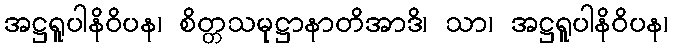
အဋ္ဌရူပါနိဝိပန၊ စိတ္တသမုဋ္ဌာနာတိအာဒိ၊ သာ၊ အဋ္ဌရူပါနိဝိပန၊